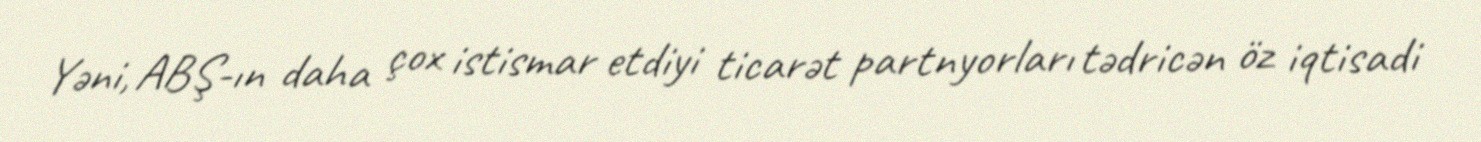
Yəni, ABŞ-ın daha çox istismar etdiyi ticarət partnyorları tədricən öz iqtisadi